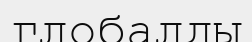
глобалды